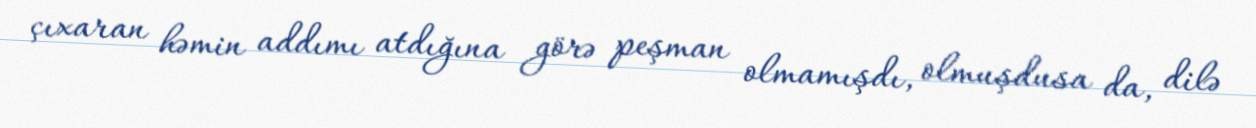
çıxaran həmin addımı atdığına görə peşman olmamışdı, olmuşdusa da, dilə